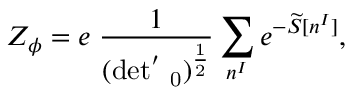
Z _ { \phi } = e \; \frac { 1 } { ( \mathrm { d e t ^ { ' } \Delta _ { 0 } ) ^ { \frac { 1 } { 2 } } } } \sum _ { n ^ { I } } e ^ { - \widetilde { S } [ n ^ { I } ] } ,